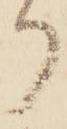
り